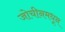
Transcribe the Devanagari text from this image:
जोचीनमधून